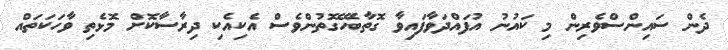
ދެން ސައިންސްވެރިން މި ކައުނު އުފައްދަވާފައިވާ ގޮތާބެހޭގޮތުންވެސް އެކިއެކި ދިރާސާކޮށް މޮޅެތި ވާހަކަތައް